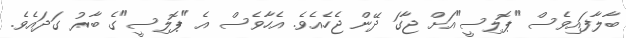
ބާލާފައިވެސް "ޕޮލިސީ"އަށް ޖާގަ ދޭން ޖެހެއެވެ. އެހާވެސް އެ "ޕޮލިސީ"ގެ ބާރު ގަދައެވެ.